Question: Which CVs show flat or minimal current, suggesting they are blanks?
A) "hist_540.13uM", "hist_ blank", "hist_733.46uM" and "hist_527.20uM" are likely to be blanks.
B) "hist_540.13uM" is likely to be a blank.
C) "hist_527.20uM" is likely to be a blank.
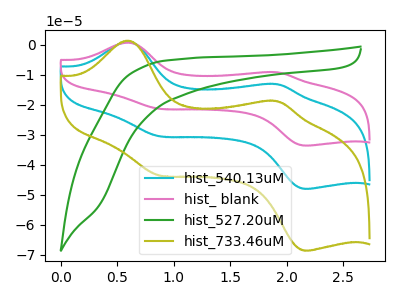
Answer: <think>The cyan curve "hist_540.13uM" has anodic peaks at (0.60V, 0.90uA) (1.90V, -13.25uA) and cathodic peaks at (0.90V, -30.60uA) (2.20V, -48.10uA). The pink curve "hist_ blank" has anodic peaks at (0.60V, 1.80uA) (1.90V, -26.45uA) and cathodic peaks at (0.90V, -61.15uA) (2.20V, -96.20uA). The green curve "hist_527.20uM" has no peaks. The olive curve "hist_733.46uM" has anodic peaks at (0.60V, 1.30uA) (1.90V, -18.90uA) and cathodic peaks at (0.90V, -43.65uA) (2.20V, -68.70uA).</think>
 <answer>C) "hist_527.20uM" is likely to be a blank.</answer>
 <eval>C</eval>